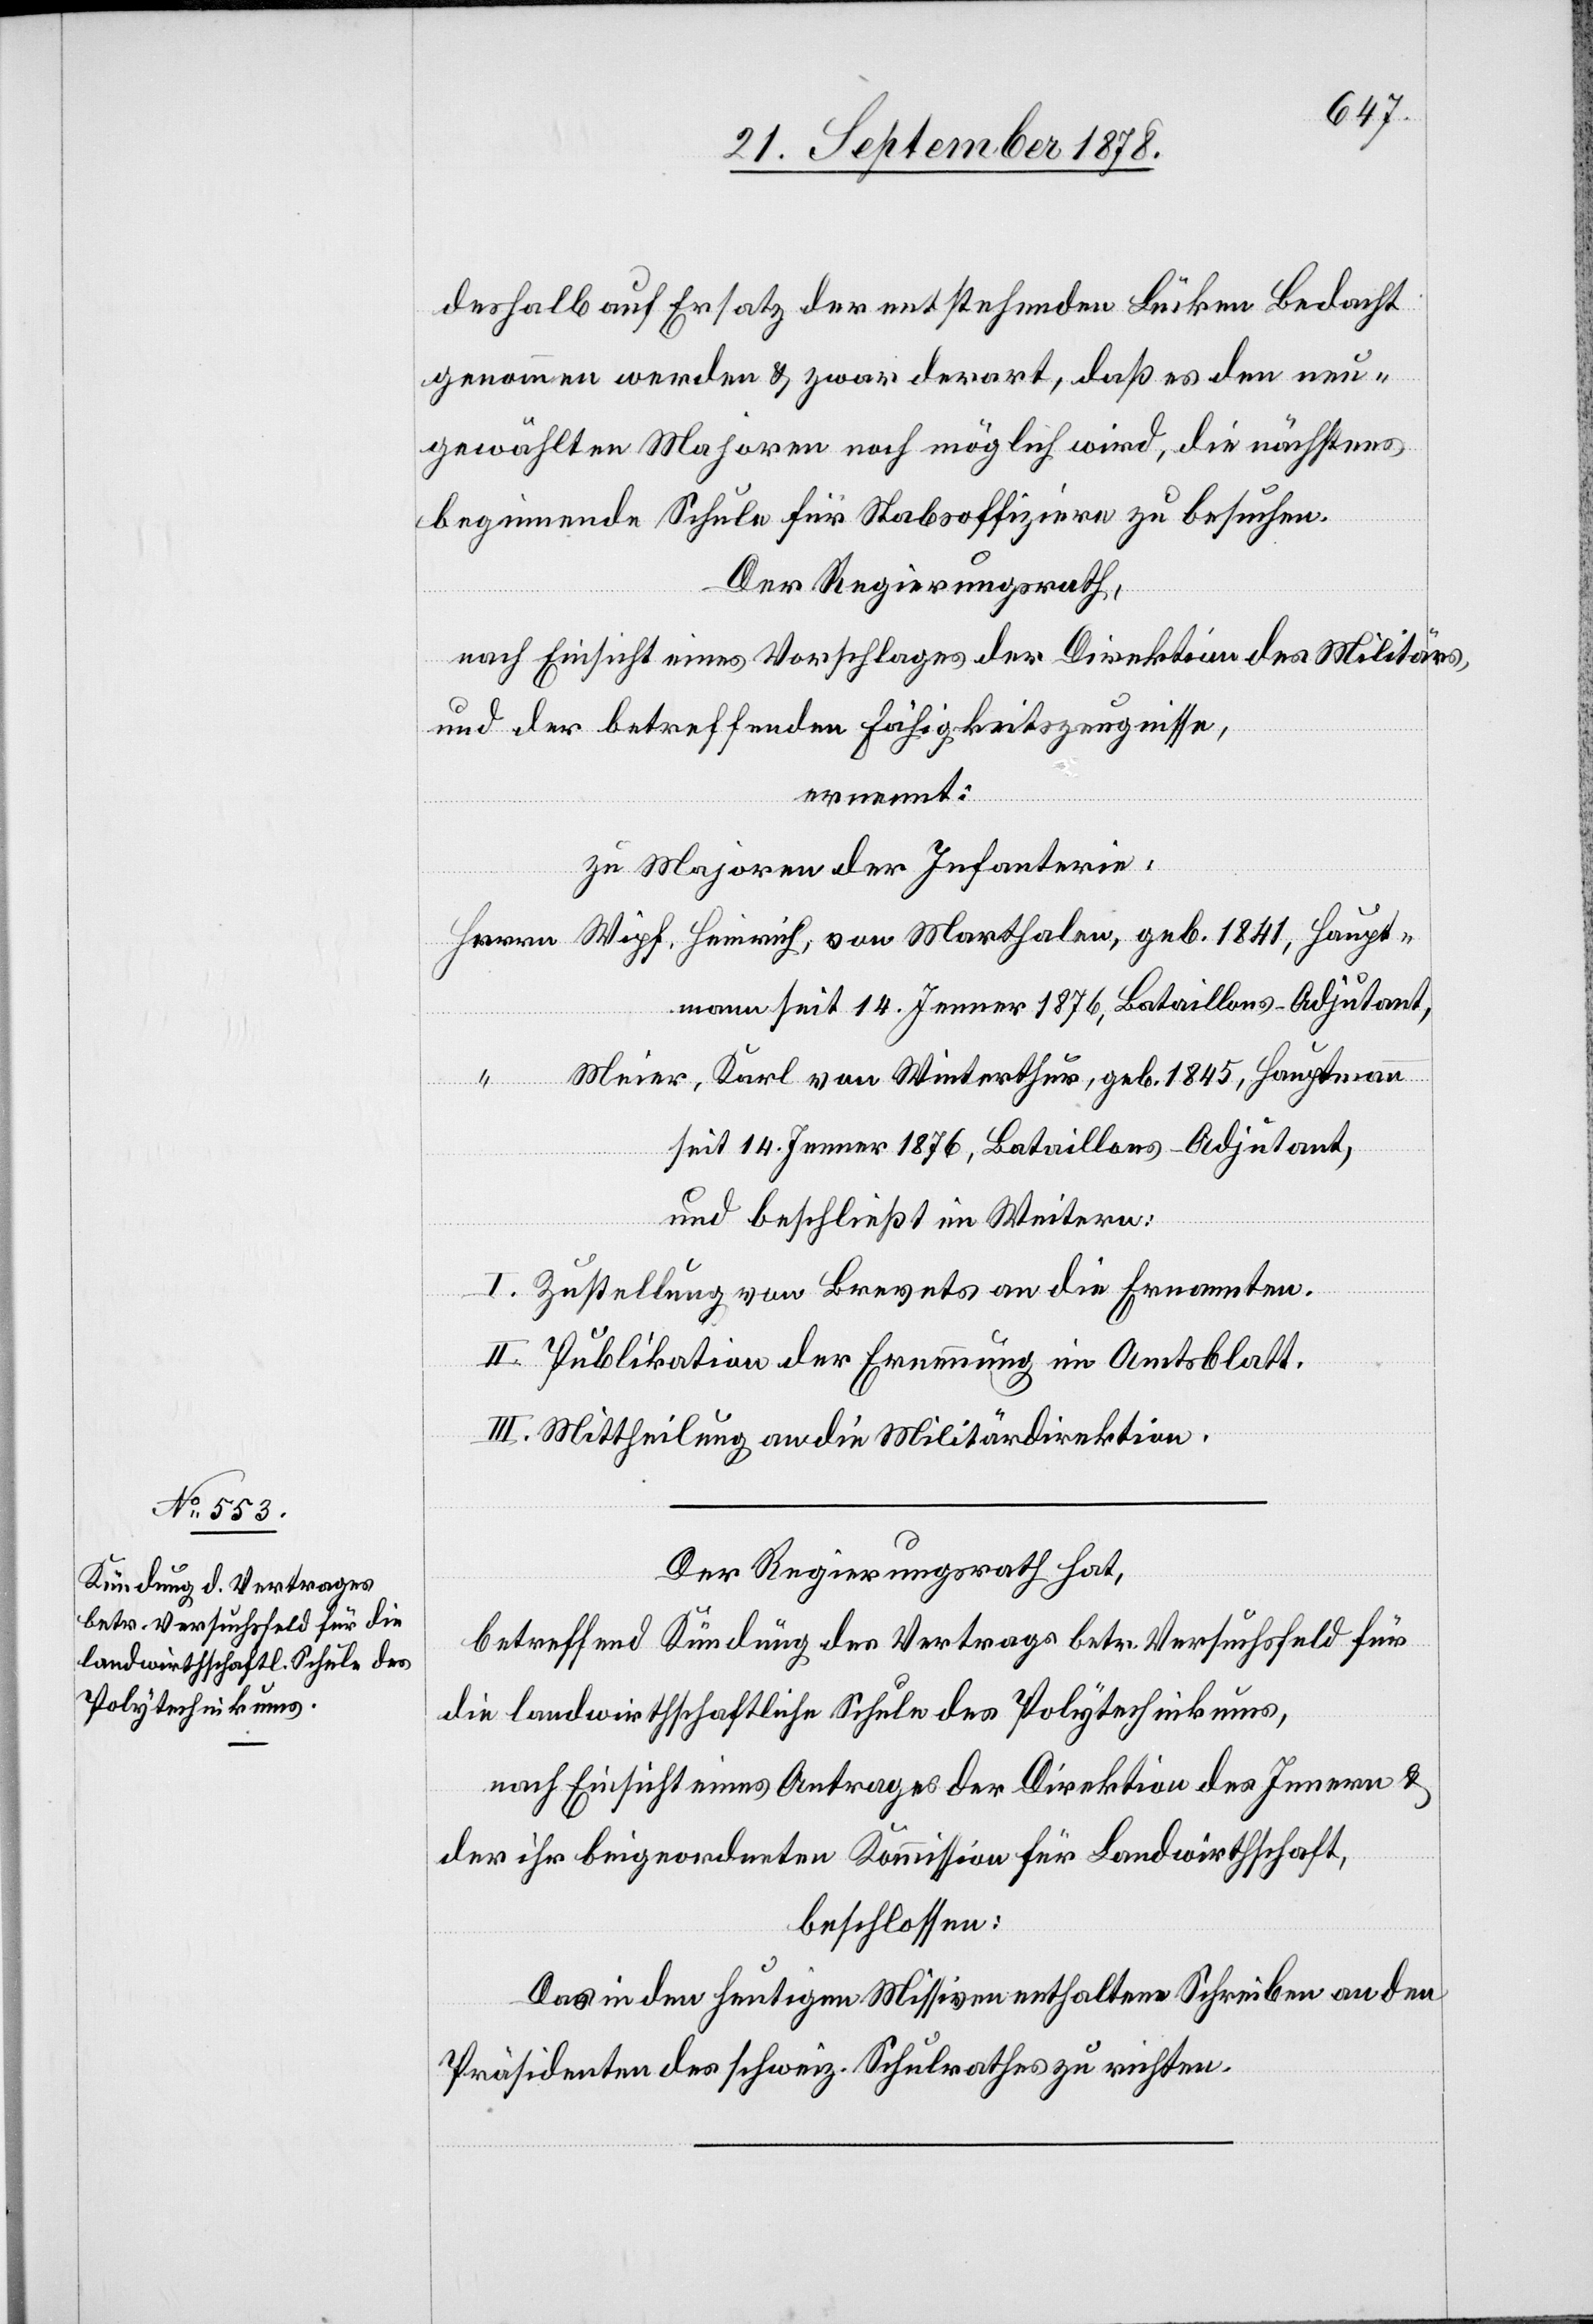
deshalb auch Ersatz der entstehenden Lücken Bedacht
genommen werden & zwar derart, daß es den neu¬
gewählten Majoren noch möglich wird, die nächstens
beginnende Schule für Stabsoffiziere zu besuchen.
Der Regierungsrath,
nach Einsicht eines Vorschlages der Direktion des Militärs,
und der betreffenden Fähigkeitszeugnisse,
ernennt:
zu Majoren der Infanterie,
Herrn Wipf, Heinrich, von Marthalen, geb. 1841, Haupt¬
mann seit 14. Jenner 1876, Bataillons-Adjutant,
Meier, Karl, von Winterthur, geb. 1845, Hauptmann
seit 14. Jenner 1876, Bataillons-Adjutant,
und beschließt im Weitern:
I. Zustellung von Brevets an die Ernannten.
II. Publikation der Ernennung im Amtsblatt.
III. Mittheilung an die Militärdirektion.
Der Regierungsrath hat,
betreffend Kündung des Vertrages betr. Versuchsfeld für
die landwirthschaftliche Schule des Polytechnikums,
nach Einsicht eines Antrages der Direktion des Innern &
der ihr beigeordneten Kommission für Landwirthschaft,
beschlossen:
Das in den heutigen Missiven enthaltene Schreiben an den
Präsidenten des schweiz. Schulrathes zu richten.